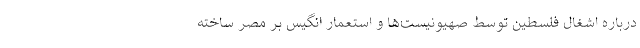
درباره اشغال فلسطین توسط صهیونیست‌ها و استعمار انگیس بر مصر ساخته